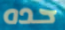
حده